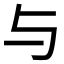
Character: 与